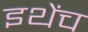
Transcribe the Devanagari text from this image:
इथेंच